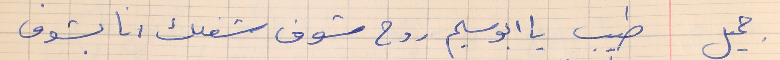
جميل      طيب يا ابو سليم روح شوف شغلك انا بشوف